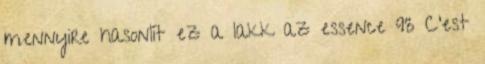
mennyire hasonlít ez a lakk az essence 93 C'est